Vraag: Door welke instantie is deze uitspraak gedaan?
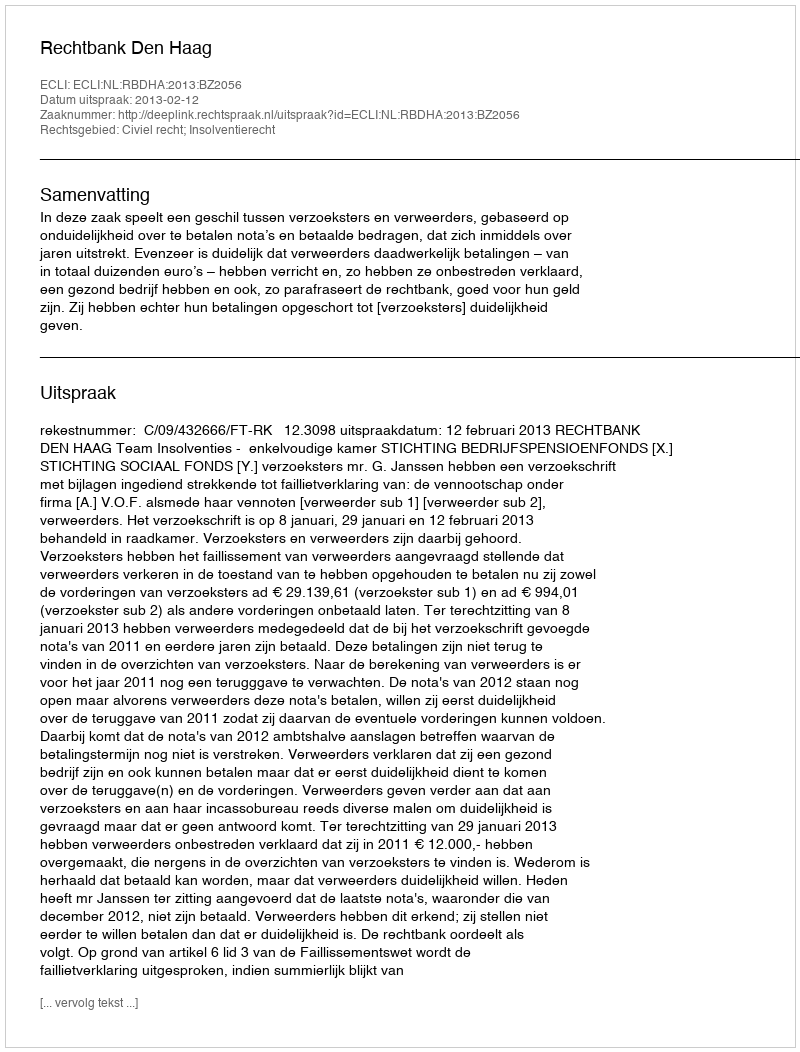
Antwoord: Rechtbank Den Haag